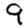
Digit: 9